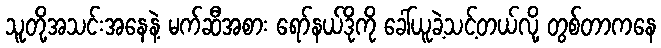
သူတို့အသင်းအနေနဲ့ မက်ဆီအစား ရော်နယ်ဒိုကို ခေါ်ယူခဲ့သင့်တယ်လို့ တွစ်တာကနေ